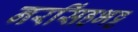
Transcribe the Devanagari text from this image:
नरसिंहभट्ट